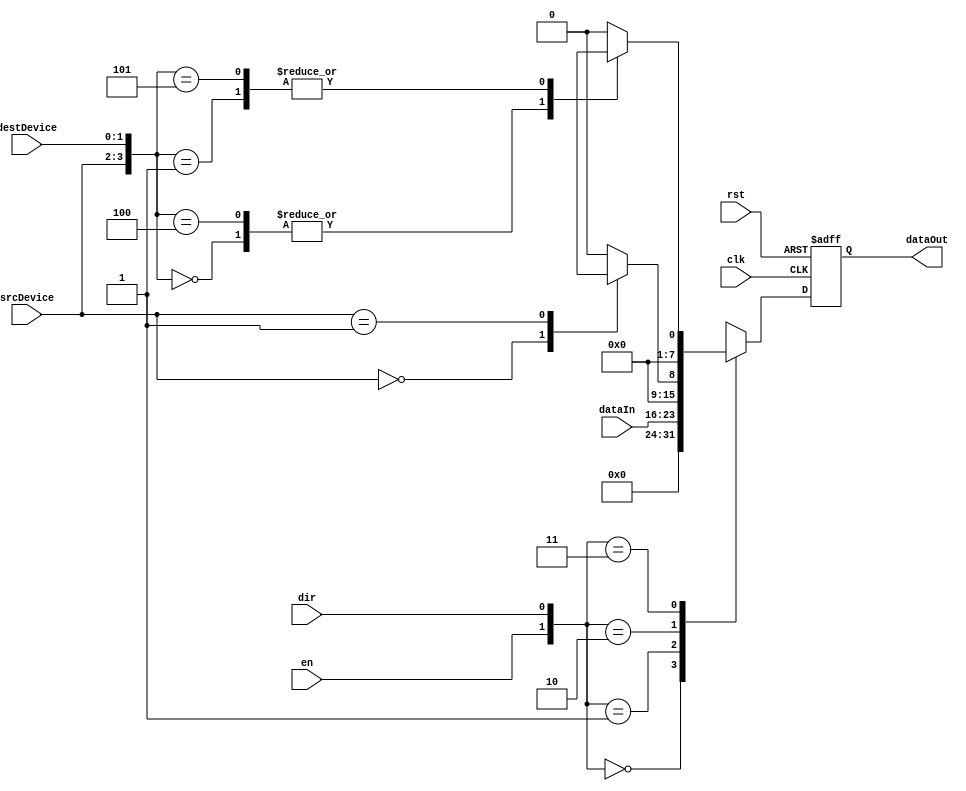
module IOBlocksBusSwitch (
    input wire clk, // Clock signal
    input wire rst, // Reset signal
    
    input wire [1:0] srcDevice, // Source device select
    input wire [1:0] destDevice, // Destination device select
    
    input wire en, // Enable/disable signal
    input wire dir, // Direction control signal
    
    input wire [7:0] dataIn, // Input data
    output reg [7:0] dataOut // Output data
);

always @(posedge clk or posedge rst) begin
    if (rst) begin
        dataOut <= 8'b0;
    end else begin
        case ({en, dir})
            2'b00: dataOut <= 8'b0; // Output disabled
            2'b01: dataOut <= dataIn; // Input to Output
            2'b10: begin // Output to Input
                case (srcDevice)
                    2'b00: dataOut <= Device0.someOutput;
                    2'b01: dataOut <= Device1.someOutput;
                    default: dataOut <= 8'b0;
                endcase
            end
            2'b11: begin // Bidirectional
                case ({srcDevice, destDevice})
                    {2'b00, 2'b00}: begin // Device 0 to Device 0
                        dataOut <= Device0.someOutput;
                    end
                    {2'b00, 2'b01}: begin // Device 0 to Device 1
                        dataOut <= Device1.someOutput;
                    end
                    {2'b01, 2'b00}: begin // Device 1 to Device 0
                        dataOut <= Device0.someOutput;
                    end
                    {2'b01, 2'b01}: begin // Device 1 to Device 1
                        dataOut <= Device1.someOutput;
                    end
                    default: dataOut <= 8'b0;
                endcase
            end
            default: dataOut <= 8'b0;
        endcase
    end
end

endmodule